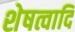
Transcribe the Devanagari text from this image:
शेषत्वादि